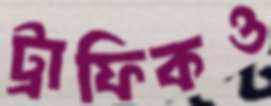
ট্রাফিকও